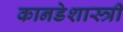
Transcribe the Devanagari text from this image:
कानडेशास्त्री